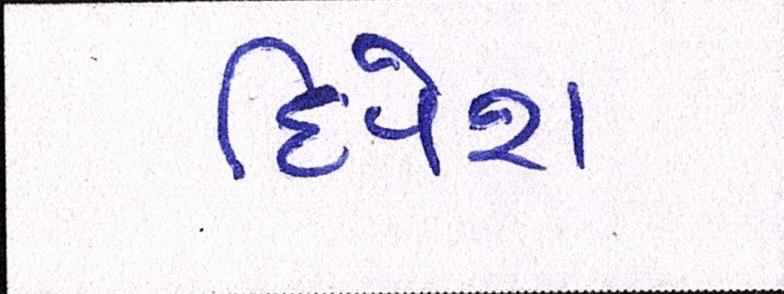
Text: દિપેશ